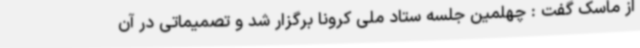
از ماسک گفت : چهلمین جلسه ستاد ملی کرونا برگزار شد و تصمیماتی در آن